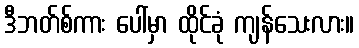
ဒီဘတ်စ်ကား ပေါ်မှာ ထိုင်ခုံ ကျန်သေးလား။